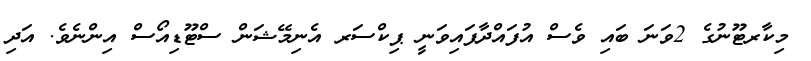
މިކާރޓޫނުގެ 2ވަނަ ބައި ވެސް އުފައްދާފައިވަނީ ޕިކްސަރ އެނިމޭޝަން ސްޓޫޑިއޯސް އިންނެވެ. އަދި